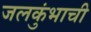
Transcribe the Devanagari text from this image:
जलकुंभाची